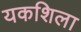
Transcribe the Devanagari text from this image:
यकशिला